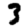
Digit: 3